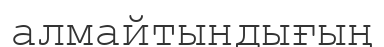
алмайтындығың